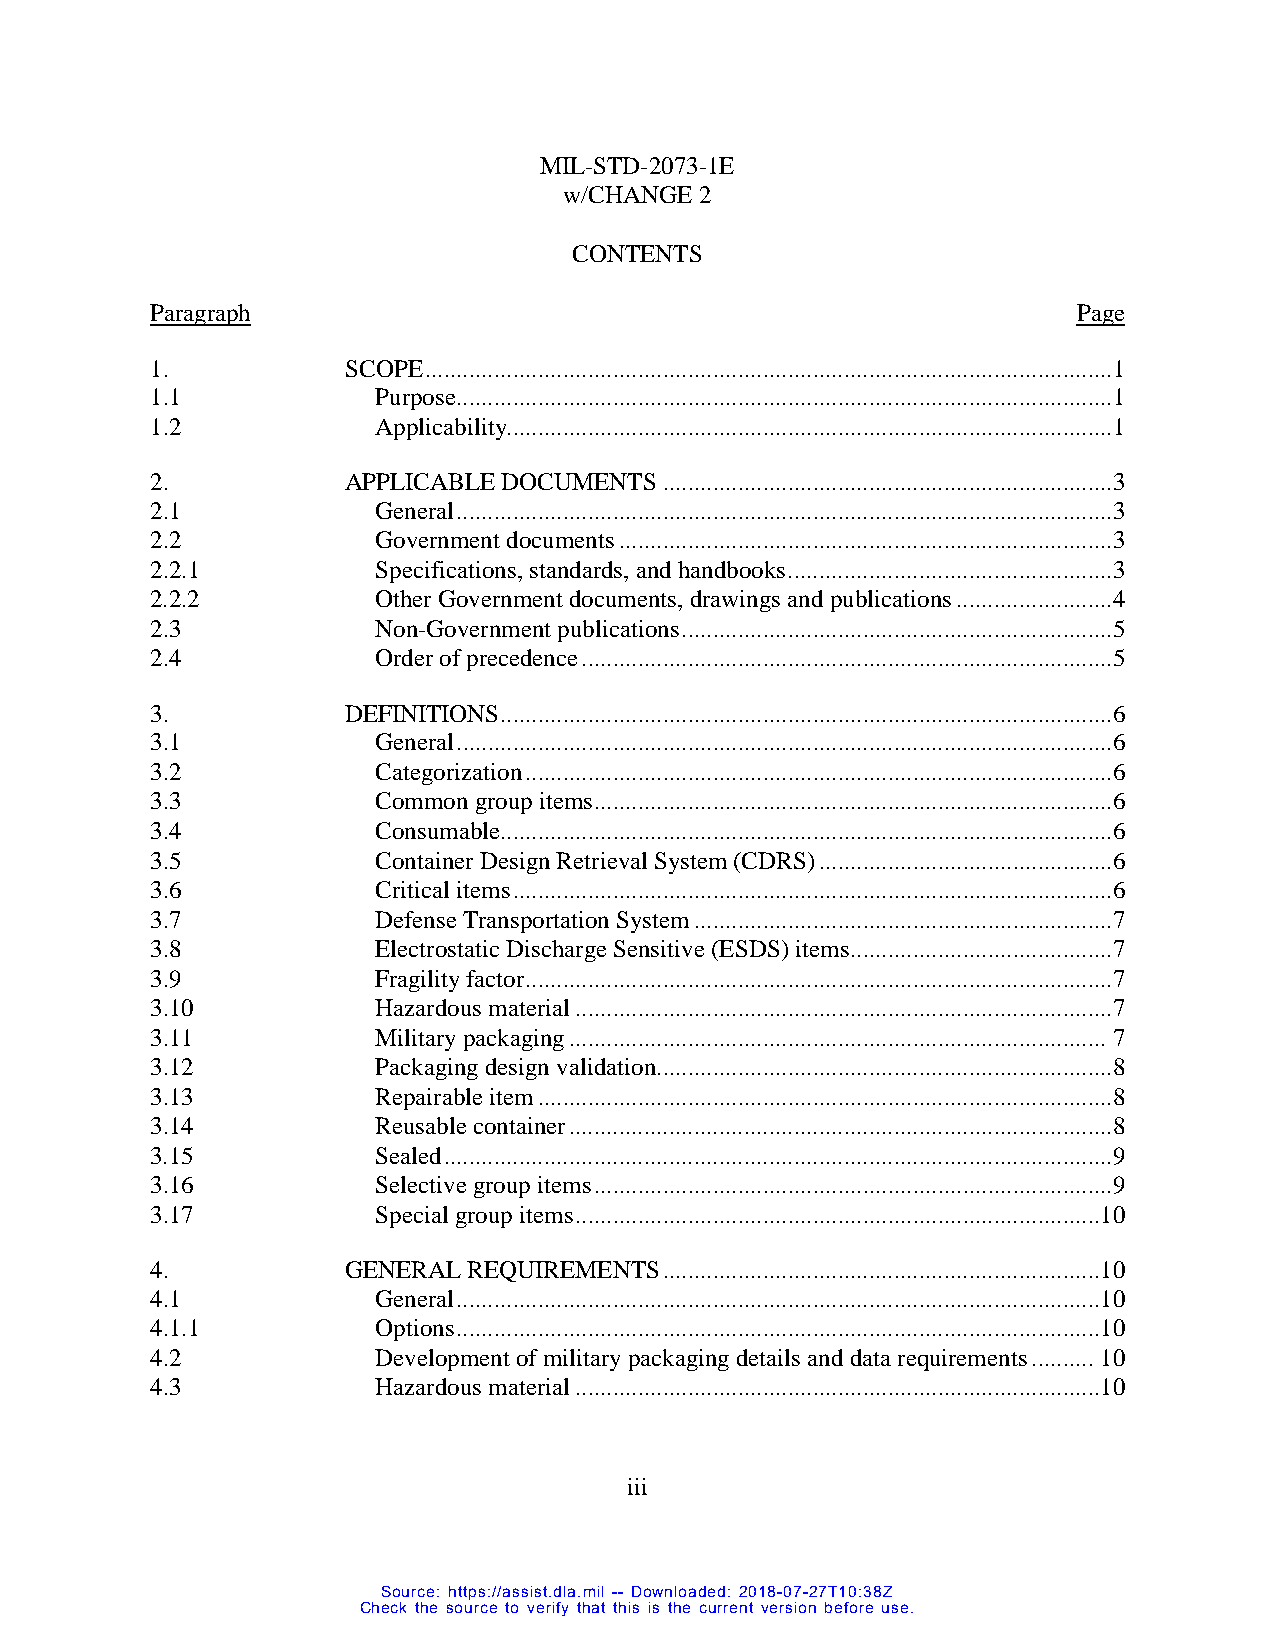
MIL-STD-2073-1E
 w/CHANGE 2
 CONTENTS
 Paragraph                                                    Page
 1.           SCOPE ..............................................................................................................1
 1.1            Purpose .........................................................................................................1
 1.2            Applicability.................................................................................................1
 2.           APPLICABLE DOCUMENTS ........................................................................3
 2.1            General .........................................................................................................3
 2.2            Government documents ...............................................................................3
 2.2.1          Specifications, standards, and handbooks ....................................................3
 2.2.2          Other Government documents, drawings and publications .........................4
 2.3            Non-Government publications .....................................................................5
 2.4            Order of precedence .....................................................................................5
 3.           DEFINITIONS ..................................................................................................6
 3.1            General .........................................................................................................6
 3.2            Categorization ..............................................................................................6
 3.3            Common group items ...................................................................................6
 3.4            Consumable..................................................................................................6
 3.5            Container Design Retrieval System (CDRS) ...............................................6
 3.6            Critical items ................................................................................................6
 3.7            Defense Transportation System ...................................................................7
 3.8            Electrostatic Discharge Sensitive (ESDS) items ..........................................7
 3.9            Fragility factor ..............................................................................................7
 3.10           Hazardous material ......................................................................................7
 3.11           Military packaging ...................................................................................... 7
 3.12           Packaging design validation .........................................................................8
 3.13           Repairable item ............................................................................................8
 3.14           Reusable container .......................................................................................8
 3.15           Sealed ...........................................................................................................9
 3.16           Selective group items ...................................................................................9
 3.17           Special group items ....................................................................................10
 4.           GENERAL REQUIREMENTS ......................................................................10
 4.1            General .......................................................................................................10
 4.1.1          Options .......................................................................................................10
 4.2            Development of military packaging details and data requirements .......... 10
 4.3            Hazardous material ....................................................................................10
 ii i
 Source: https://assist.dla.mil -- Downloaded: 2018-07-27T10:38Z
 Check the source to verify that this is the current version before use.